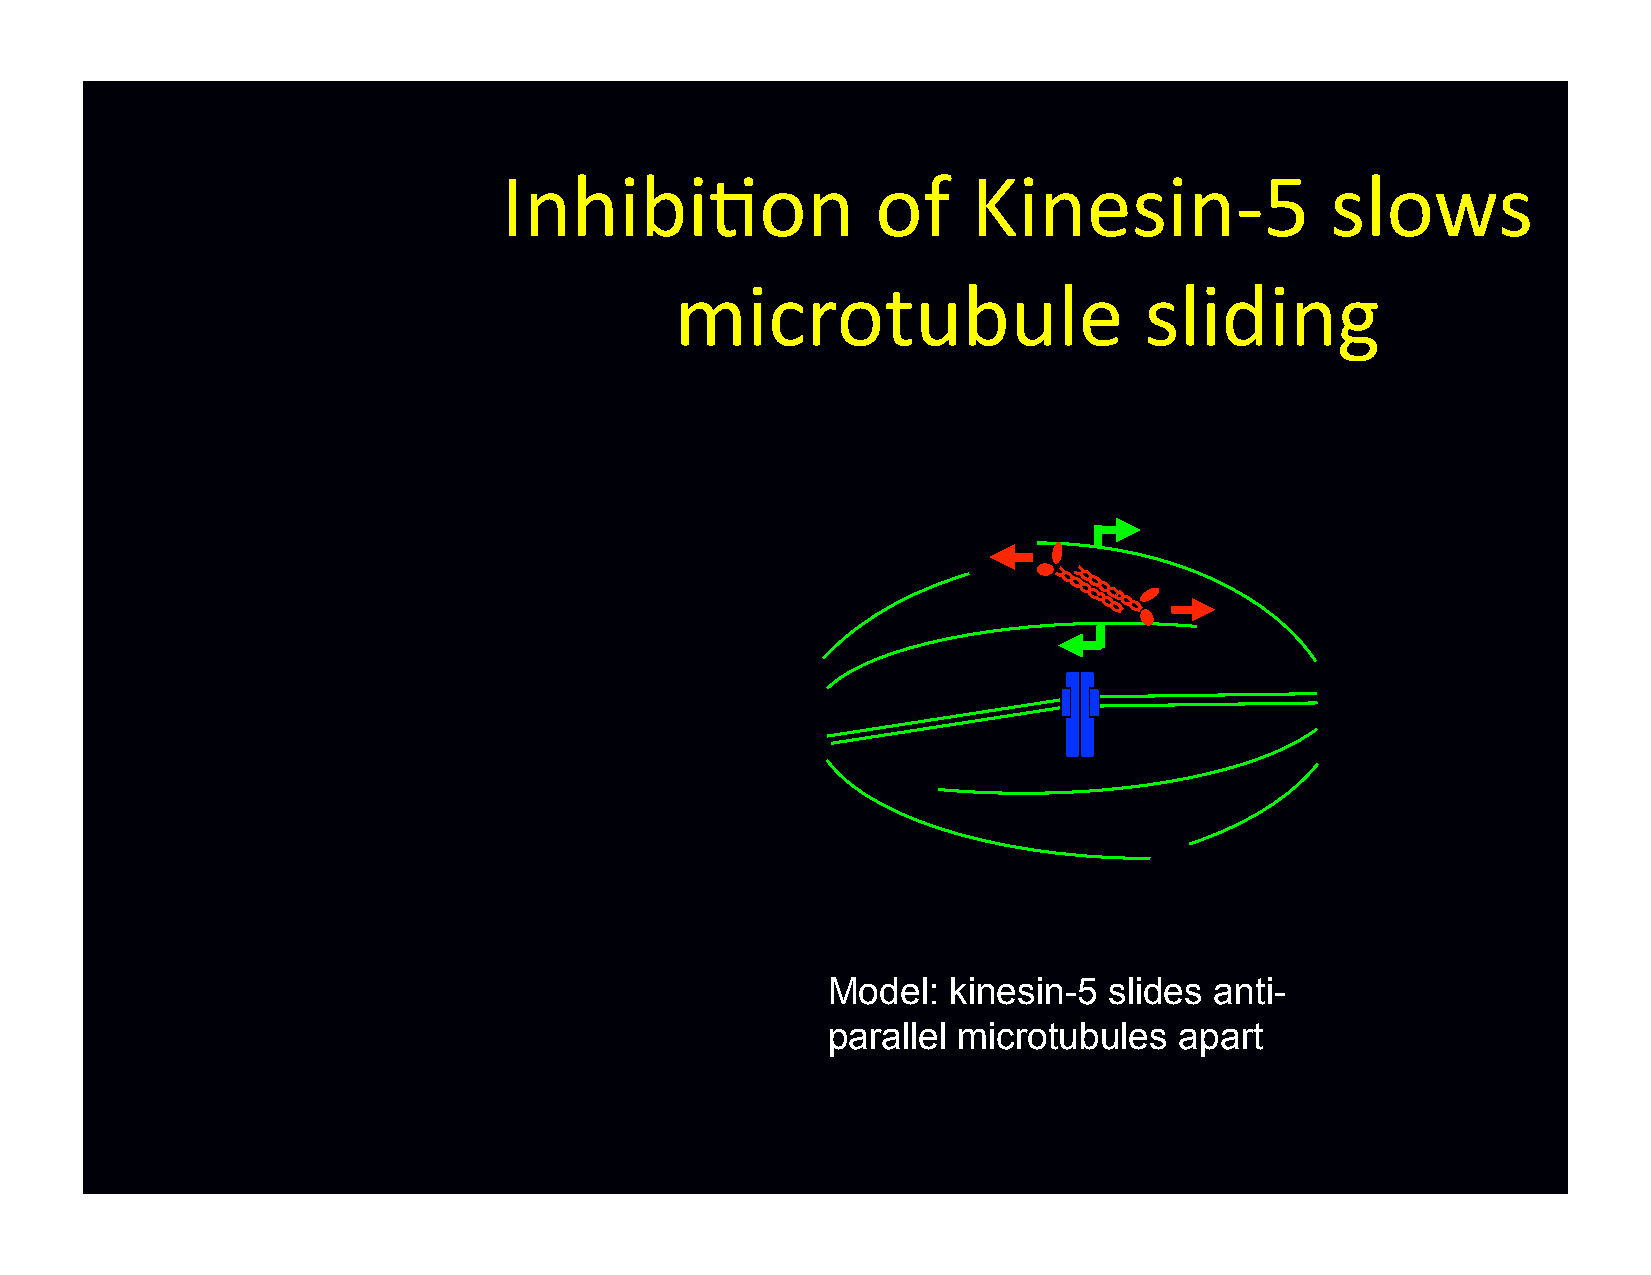
Inhibi-on                of    Kinesin-­‐5             slows
 microtubule                    sliding
 Model:  kinesin-5 slides anti-
 parallel microtubules  apart